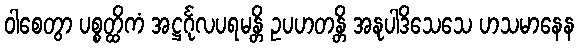
ဝါစေတွာ ပစ္စတ္ထိကံ အဋ္ဌင်္ဂုလပရမန္တိ ဥပဟတန္တိ အနုပါဒိသေသေ ဟသမာနေန